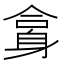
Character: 𨈿